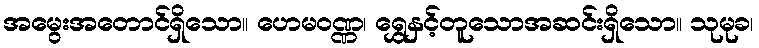
အမွေးအတောင်ရှိသော။ ဟေမဝဏ္ဏ၊ ရွှေနှင့်တူသောအဆင်းရှိသော။ သုမုခ၊